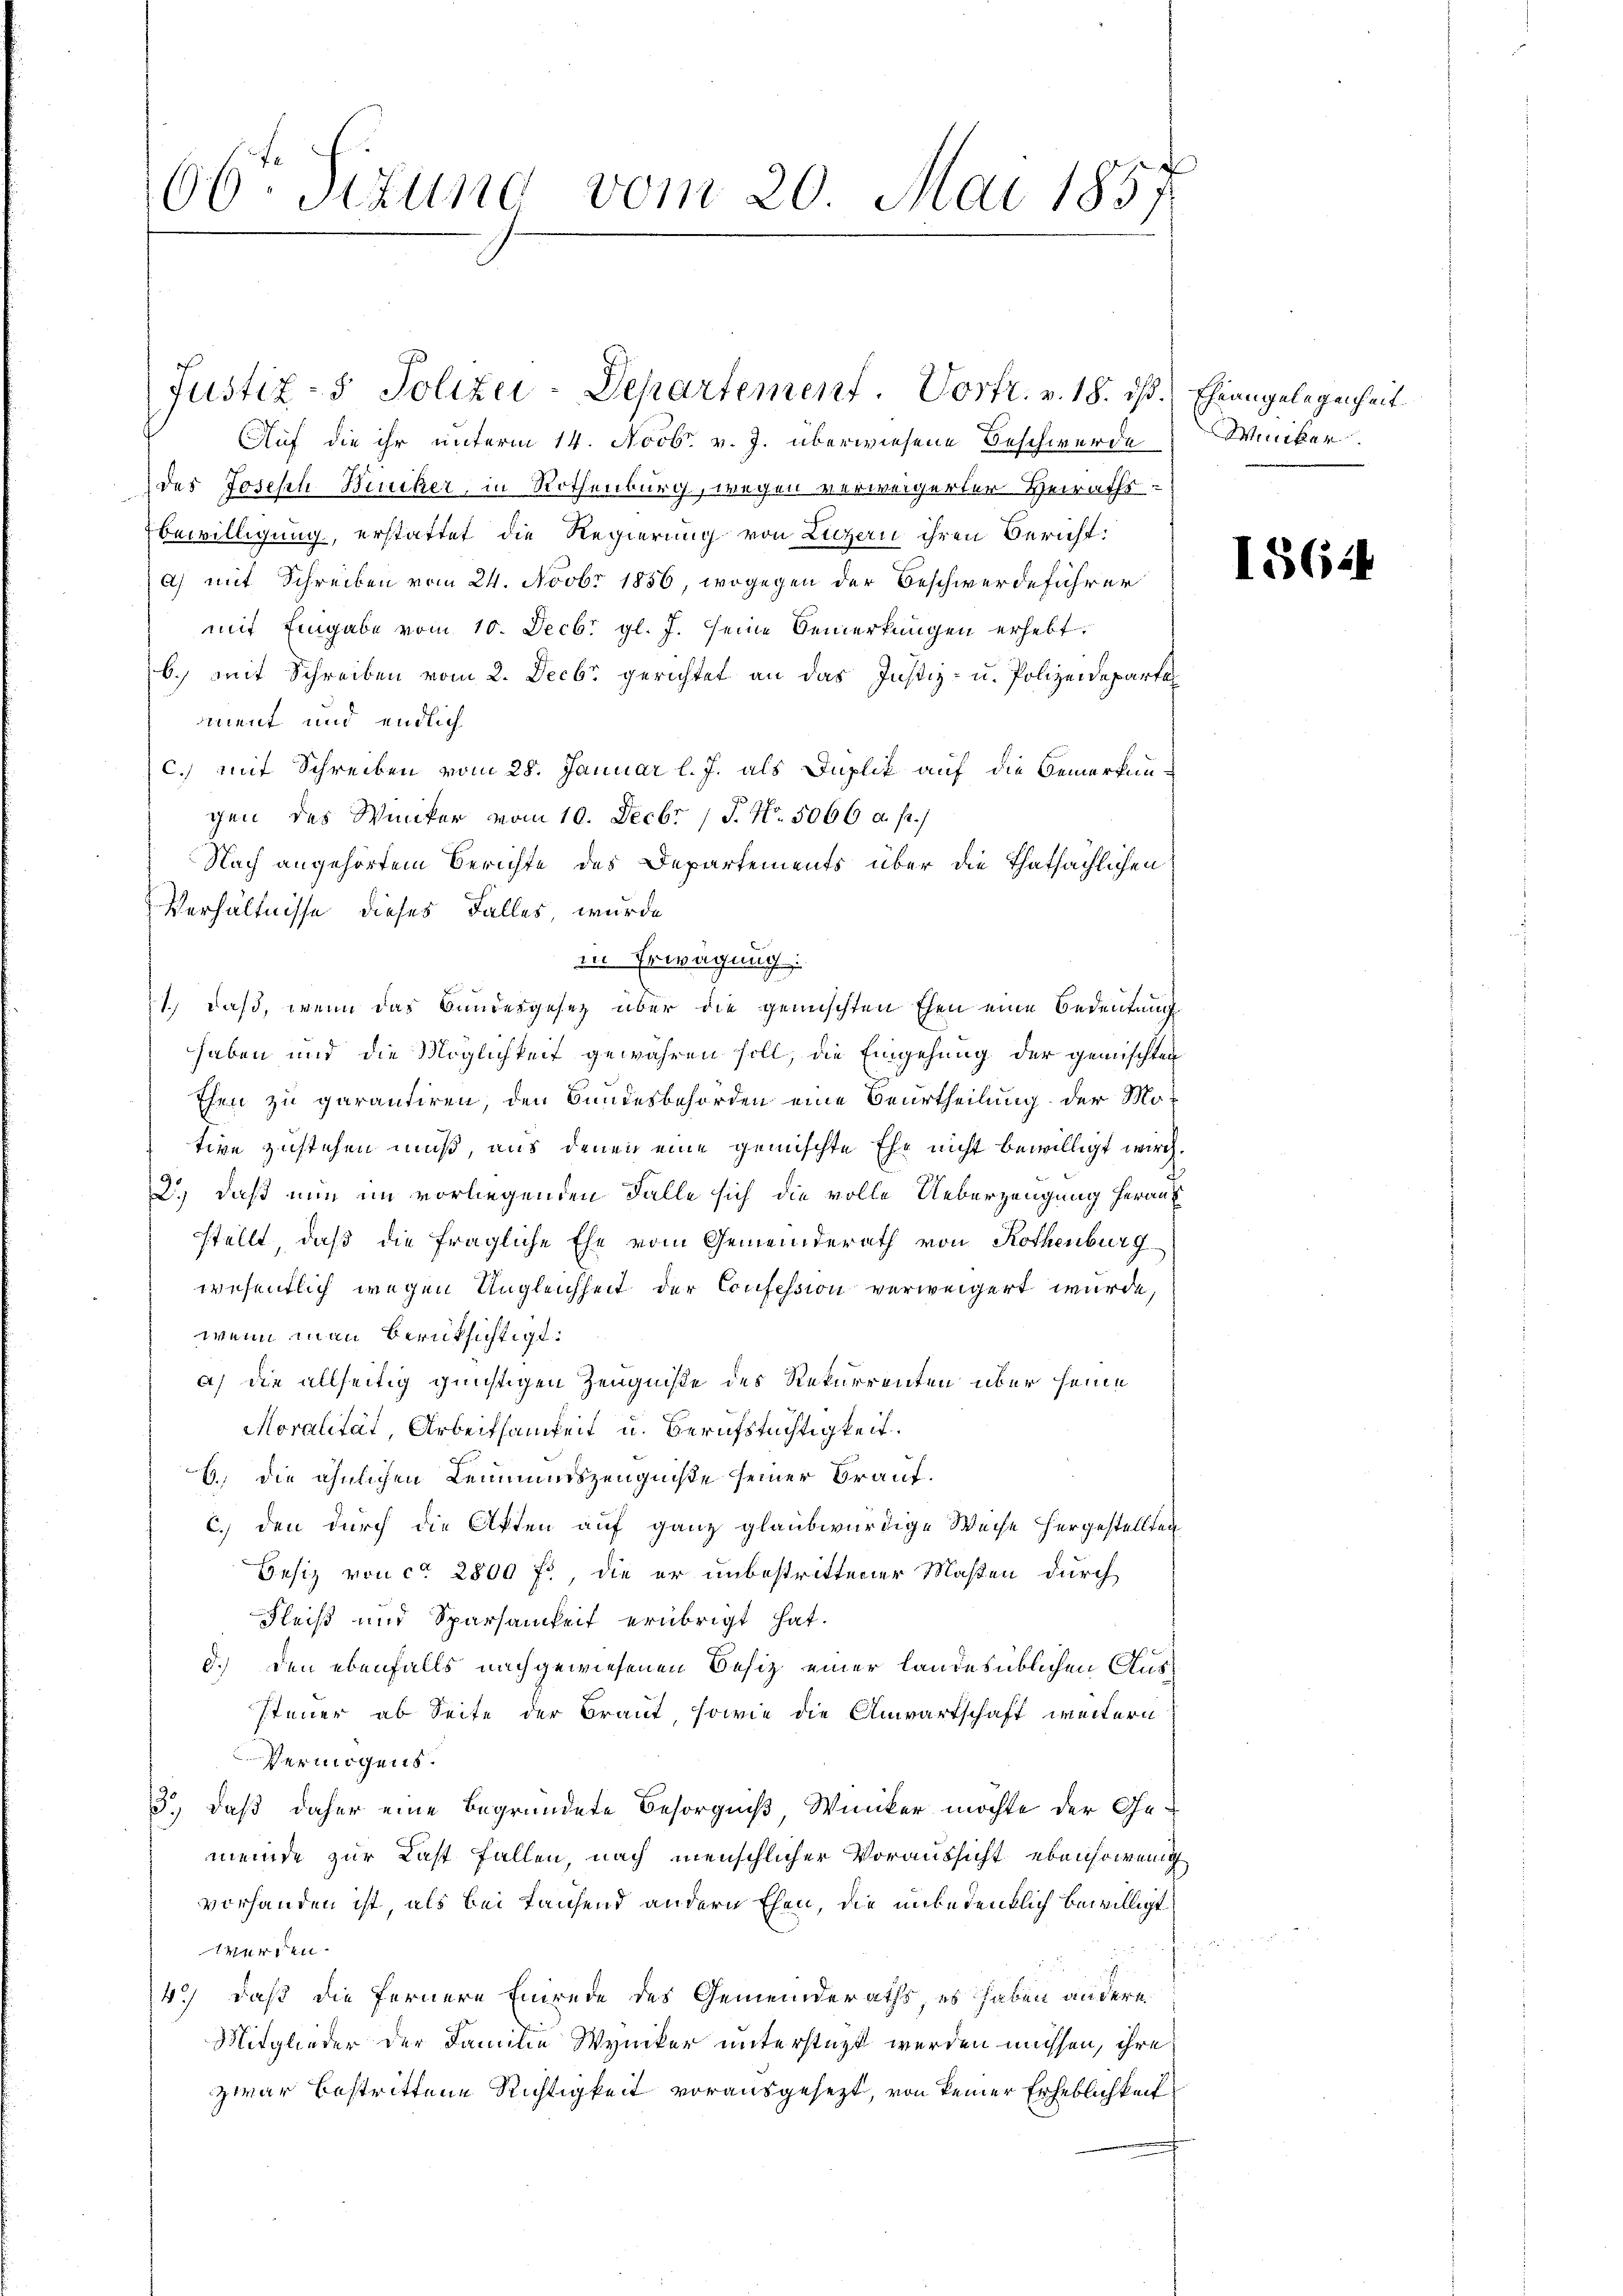
06ten Sizung vom 20. Mai 1857

Auf die ihr unterm 14. Novbr. v. J. überwiesene Beschwerde
des Joseph Biniker, in Rothenburg, wegen verweigerter Heiraths¬
Bewilligung, erstattet die Regierung von Luzern ihren Bericht:
a) mit Schreiben vom 24. Novbr 1856, wogegen der Beschwerdeführer
mit Eingabe vom 10. Decbr. gl. J. seine Bemerkungen erhebt.
b.) mit Schreiben vom 2. Decbr gerichtet an das Justiz- u. Polizeideparte
ment und endlich
c.) mit Schreiben vom 28. Januar l. J. als Duplik auf die Bemerkun-
gen des Winiker vom 10. Decbr 17. No. 5066 c. fr.)
Nach angehörtem Berichte des Departements über die Thatsächlichen
Verhältnisse dieses Falles, wurde
in Erwägung:
1) daß, wenn das Bundesgesetz über die gemischten Ehen eine Bedeutung
haben und die Möglichkeit gewähren soll, die Eingehung der gemischten
Ehen zu garantiren, den Bundesbehörden eine Beurtheilung der Mo-
tive zustehen muß, aus denen eine gemischte Ehe nicht bewilligt wird.
2.) daß nun im vorliegenden Falle sich die volle Ueberzeugung herauf
stellt, daß die fragliche Ehe vom Gemeinderath von Rothenburg
wesentlich wegen Ungleichheit der Confession verweigert wurde,
wenn man berüksichtigt.
a) die allseitig günstigen Zeugniße des Rekurrenten über seine
Moralität, Arbeitsamkeit u. Berufstüchtigkeit.
6.) Die ähnlichen Lemmunszeugniße seiner Braut.
c.) den durch die Akten auf ganz glaubwürdige Weise hergestellten
Besiz von ca 2800 fl, die er unbestrittener Maßen durch
Fleiß und Sparsamkeit erübrigt hat.
d.) Den ebenfalls nachgewiesenen Besiz einer landesüblichen Aus¬
Steuer ab Seite der Braut, sowie die Anwartschaft weitern
Vermögens.
3., daß daher eine begründete Besorgniß Winker möchte der Gemeinde zur Last fallen, nach menschlicher Voraussicht ebensowenig
vorhanden ist, als bei Laufend andern Ehen, die unbedenklich bewilligt:
werden.
4.) daß die fernere Einrede des Gemeinderaths, es haben andere
Mitglieder der Familie Wyucker unterstüzt werden müssen, ihre
zwar bestrittene Richtigkeit vorausgesezt, von keiner Erheblichkeit

a

Justiz- & Polizei-Departement. Vortr. v. 18. ds. Eheangelegenheit

Winiker.

1562